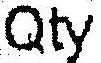
QTY